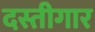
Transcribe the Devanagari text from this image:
दस्तीगार